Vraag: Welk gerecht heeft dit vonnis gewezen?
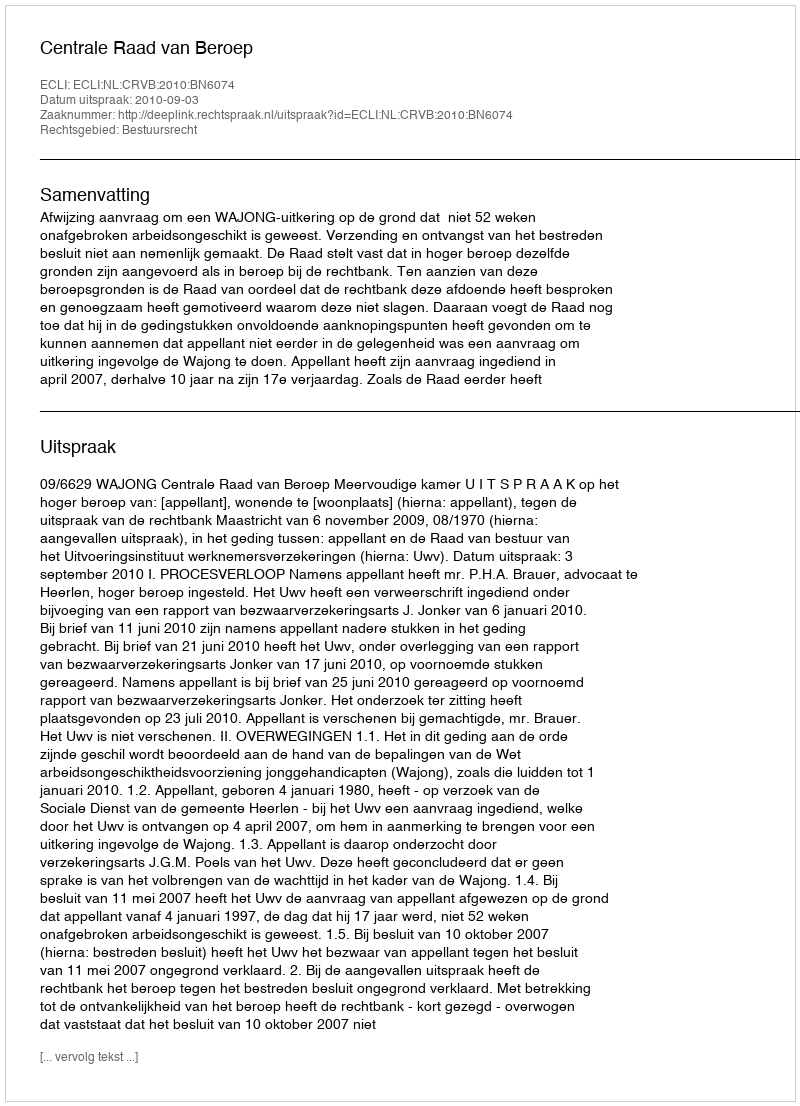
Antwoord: Centrale Raad van Beroep